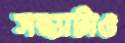
সন্ধ্যাটাও